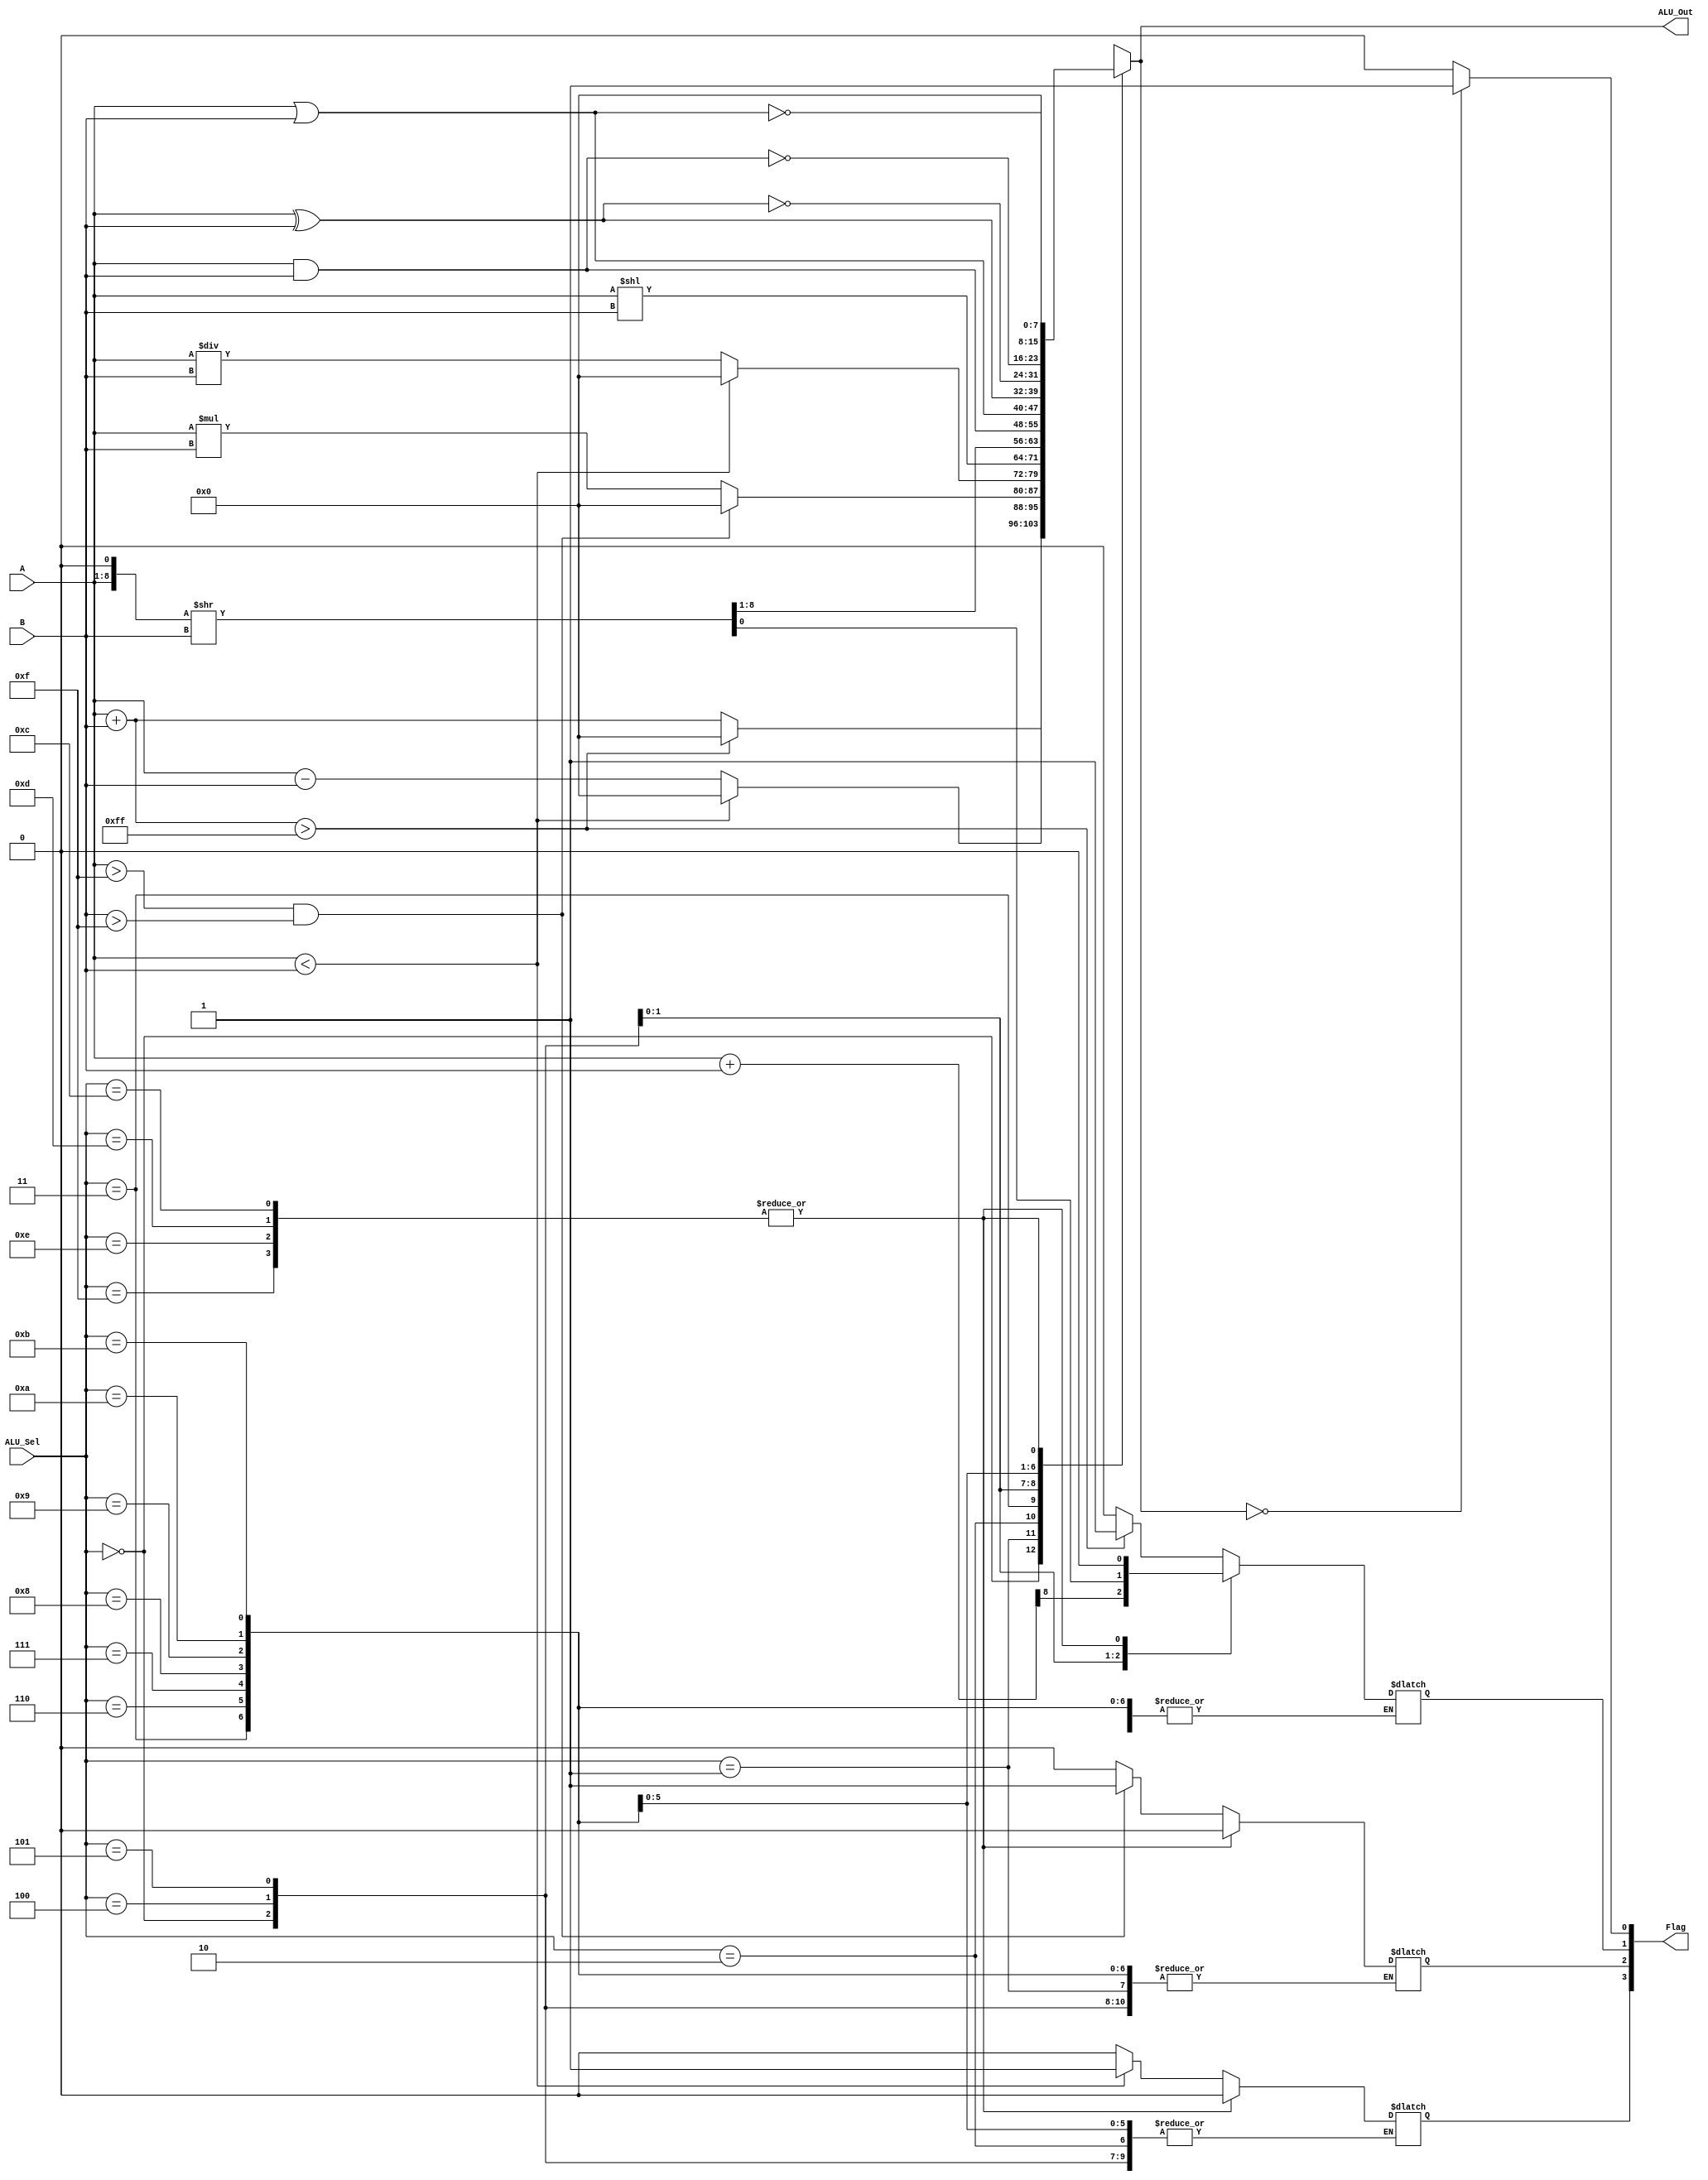
/* ALU Arithmetic and Logic Operations
----------------------------------------------------------------------
|ALU_Sel|   ALU Operation
----------------------------------------------------------------------
| 0000  |   ALU_Out = A + B; ( A + B ) > 8 bits => CF = 1; (carry flag)
----------------------------------------------------------------------
| 0001  |   ALU_Out = A - B; ( A < B ) => UF = 1; (underflow flag)
----------------------------------------------------------------------
| 0010  |   ALU_Out = A * B; ( A || B) > h'F => OF =1; (overflow flag)
----------------------------------------------------------------------
| 0011  |   ALU_Out = A / B; ( A < B ) => UF = 1; (underflow flag)
----------------------------------------------------------------------
| 0100  |   ALU_Out = A << B; => CF ; (carry flag)
----------------------------------------------------------------------
| 0101  |   ALU_Out = A >> B;  => CF ; (carry flag)
----------------------------------------------------------------------
| 0110  |   ALU_Out = A and B;
----------------------------------------------------------------------
| 0111  |   ALU_Out = A or B;
----------------------------------------------------------------------
| 1000  |   ALU_Out = A xor B;
----------------------------------------------------------------------
| 1001  |   ALU_Out = A nxor B;
----------------------------------------------------------------------
| 1010  |   ALU_Out = A nand B;
----------------------------------------------------------------------
| 1011  |   ALU_Out = A nor B;
----------------------------------------------------------------------
| 1100  |   ALU_Out = A nand B;
----------------------------------------------------------------------
| 1101  |   ALU_Out = 0; FLAG=0; ZF => 1 ; (zero flag)
----------------------------------------------------------------------
| 1110  |   ALU_Out = 0; FLAG=0; ZF => 1 ; (zero flag)
----------------------------------------------------------------------
| 1111  |   ALU_Out = 0; FLAG=0; ZF => 1 ; (zero flag)
----------------------------------------------------------------------*/

module m_alu(A, B, ALU_Sel, ALU_Out, Flag);

  input [7:0] A,B;  // ALU 8-bit Inputs                 
  input [3:0] ALU_Sel;// ALU Selection
  output [7:0] ALU_Out; // ALU 8-bit Output
  output  reg [3:0] Flag; // Flag[0] - ZeroFlag (ZF), Flag[1] - CarryFlag (CF), Flag[2] - OverflowFlag (OF), Flag[3] - UnderflowFlag (UF)
    
	reg [7:0] ALU_Result;
	reg [8:0] tmp;
    assign ALU_Out = ALU_Result; // ALU out
  
    always @(*)
    begin
        case(ALU_Sel)
        4'b0000: // Addition
          begin
          if((A+B)>8'hff) begin
              ALU_Result = 8'h0;
              Flag[1]=1;
            end
            else begin
              ALU_Result = A + B;
              Flag[1]= 0;
            end
          end 
        4'b0001: // Subtraction 
          begin
            if(A<B) begin
              ALU_Result = 8'h0;
              Flag[3] = 1; //UF=1
            end
            else begin
              ALU_Result = A - B ; 
              Flag[3] = 0;
            end
          end
        4'b0010: // Multiplication
          begin
            if((A>8'hf) && (B>8'hf)) begin
              ALU_Result = 8'h0;
              Flag[2]=1;
            end
            else begin
              ALU_Result = A * B;
              Flag[2]=0;
            end
            
          end
        4'b0011: // Division
          begin
            if(A<B) begin
            ALU_Result = 8'h0;
              Flag[3] = 1; //UF=1
            end
            else begin
              ALU_Result = A / B;
              Flag[3] = 0; //UF=1
            end
          end
        4'b0100: // Logical shift left
          begin
             ALU_Result = A << B; 
             tmp = {1'b0,A} + {1'b0,B};
             Flag[1] = tmp[8]; //Cf=1
          end
         4'b0101: // Logical shift right
           begin
           /*ALU_Result = A >> B; 
             tmp = {1'b0,A} + {1'b0,B};
             Flag[1] = tmp[8]; //Cf=1
            */
             //ATODERIT
             tmp = {A,1'b0};
             tmp = tmp >> B;
             ALU_Result = tmp[8:1];
             Flag[1] = tmp[0];
           end
         4'b0110: // Logical and
           ALU_Result = A & B;
         4'b0111: // Logical or
           ALU_Result = A | B;
          4'b1000: //  Logical xor 
           ALU_Result = A ^ B;
          4'b1001: //  Logical nxor
            ALU_Result = ~(A ^ B);
          4'b1010: //  Logical nand 
            ALU_Result = ~(A & B);
          4'b1011: //  Logical nor
           ALU_Result = ~(A | B);
          4'b1100,4'b1101,4'b1110,4'b1111:// Default
            begin
            ALU_Result = 8'h0 ; Flag = 4'h0;
            end
          default: begin ALU_Result = 8'h0 ; Flag = 4'h0; end
        endcase
      if (ALU_Result == 8'h0)
          Flag[0]=1; //ZF=1
      else
        Flag[0]=0;
    end
  
endmodule